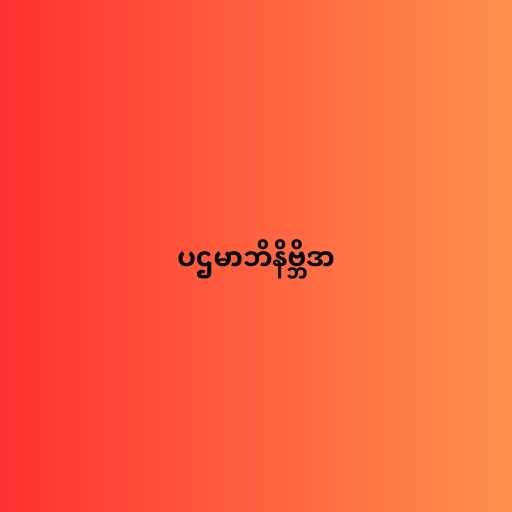
ပဌမာဘိနိဗ္ဘိဒာ